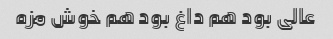
عالی بود هم داغ بود هم خوش مزه